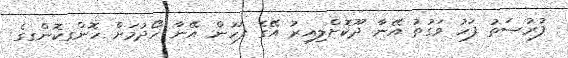
ފުރުޞަތު ފަހު ވަގުތު އޭނާ ދޫކޮށްލިއިރު އޭގެ ފަހުން އޭނާ ހޯދުމަށް ހޮންގކޮންގގެ